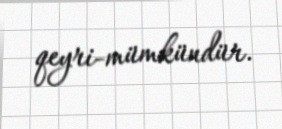
qeyri-mümkündür.